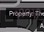
૧૨૦મી